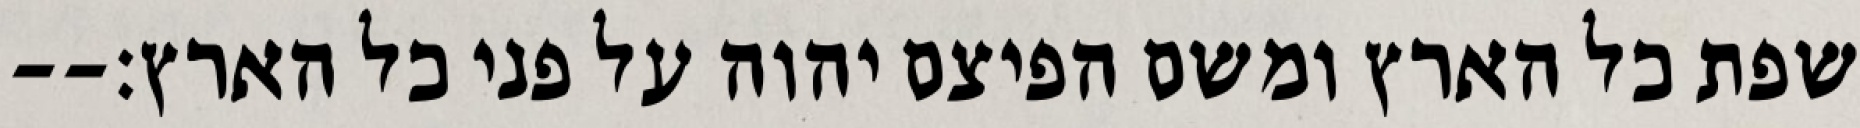
שפת כל הארץ ומשם הפיצם יהוה על פני כל הארץ׃--